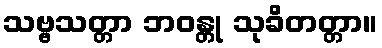
သဗ္ဗသတ္တာ ဘဝန္တု သုခိတတ္တာ။